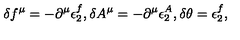
\delta f ^ { \mu } = - \partial ^ { \mu } \epsilon _ { 2 } ^ { f } , \delta A ^ { \mu } = - \partial ^ { \mu } \epsilon _ { 2 } ^ { A } , \delta \theta = \epsilon _ { 2 } ^ { f } ,